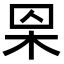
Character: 𣐮